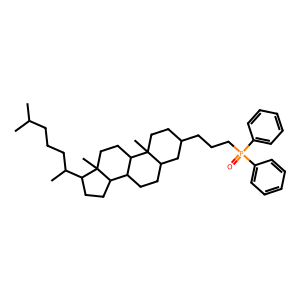
SMILES: CC(C)CCCC(C)C1CCC2C3CCC4CC(CCCP(=O)(c5ccccc5)c5ccccc5)CCC4(C)C3CCC12C
Inhibits HIV replication: No